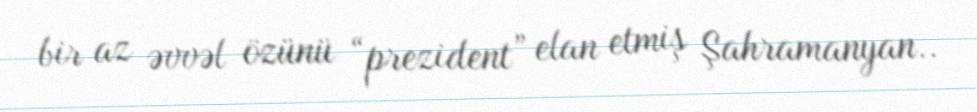
bir az əvvəl özünü “prezident” elan etmiş Şahramanyan..